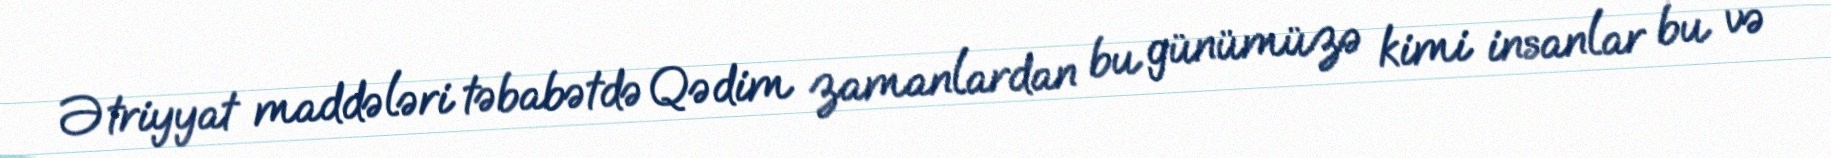
Ətriyyat maddələri təbabətdə Qədim zamanlardan bu günümüzə kimi insanlar bu və